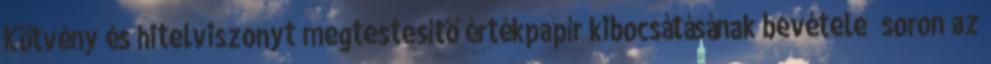
Kötvény és hitelviszonyt megtestesítő értékpapír kibocsátásának bevétele” soron az